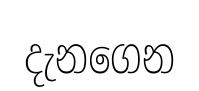
දැනගෙන